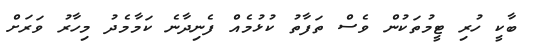
ބާކީ ހުރި ޓީމުތަކުން ވެސް ތަފާތު ކުޅުމެއް ފެނިދާނެ ކަމާމެދު މިހާރު ވަރަށް